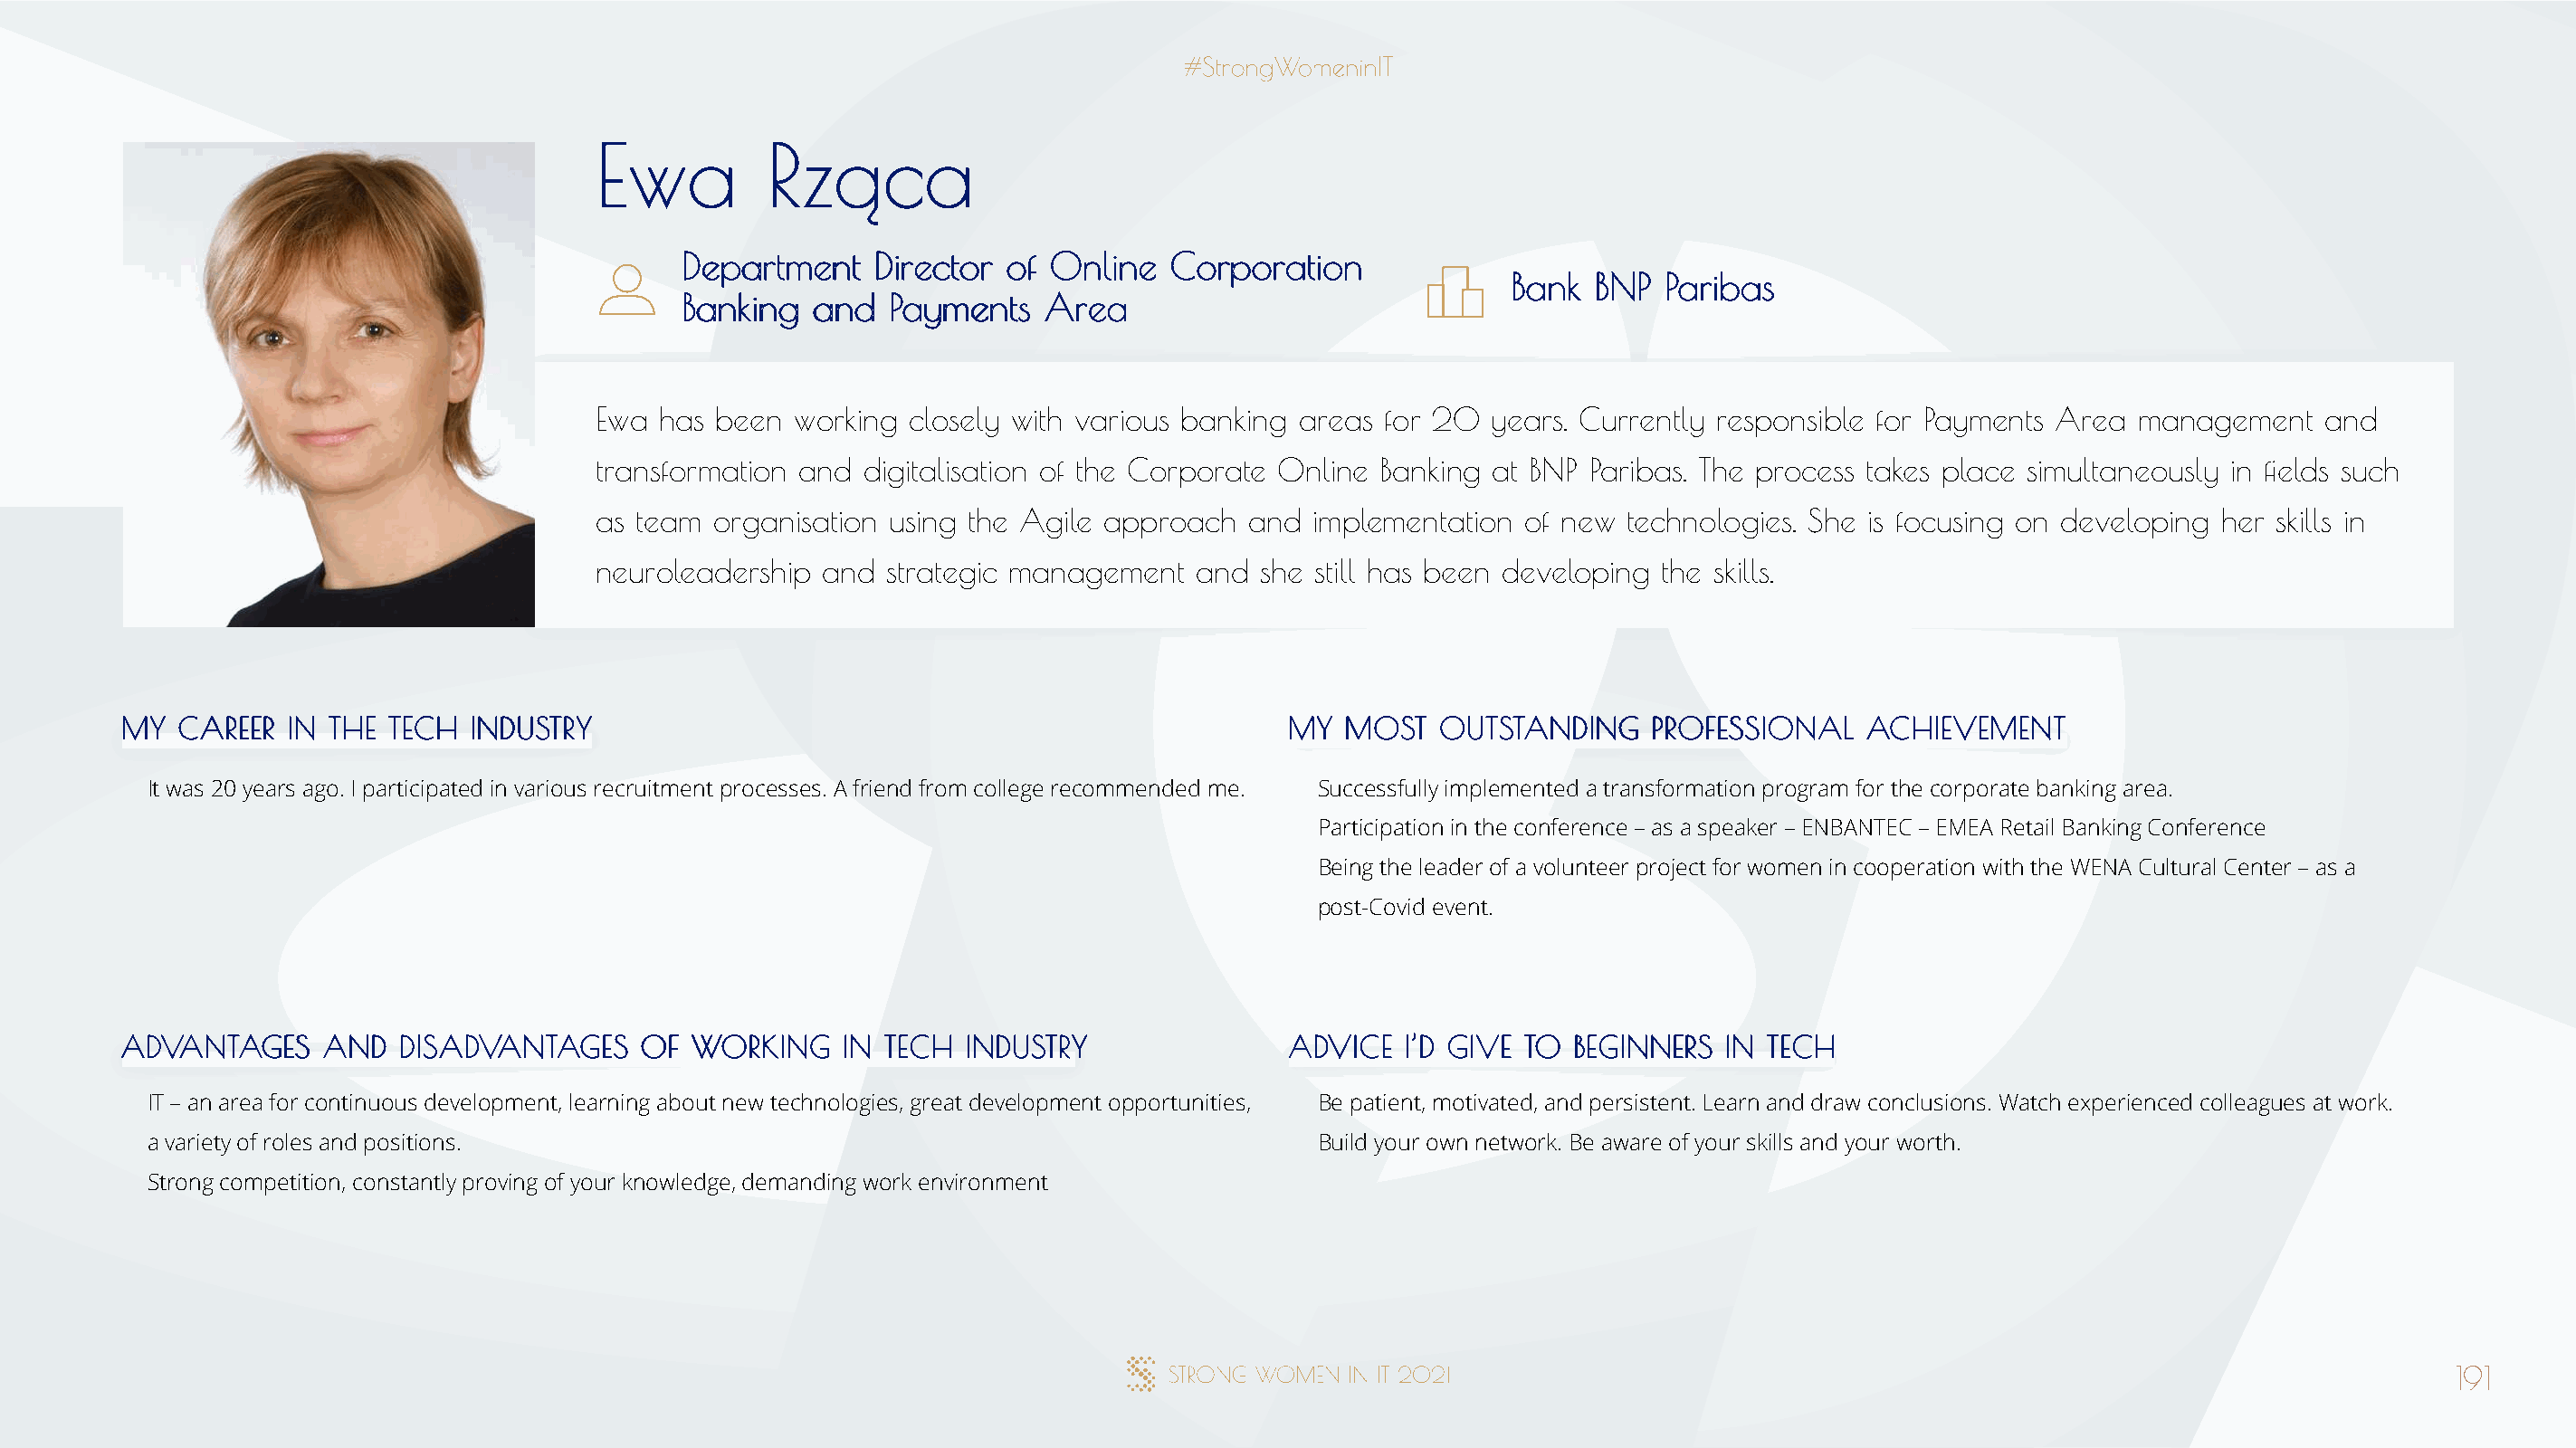
EEwwaa      RRzząąccaa
 DDeeppaarrttmmeenntt DDiirreeccttoorr ooff OOnnlliinnee CCoorrppoorraattiioonn
 BBaannkk BBNNPP PPaarriibbaass
 BBaannkkiinngg aanndd PPaayymmeennttss AArreeaa
 Ewa has been  working closely with various banking areas for 20  years. Currently responsible for Payments Area management    and
 transformation and digitalisation of the Corporate Online Banking at BNP Paribas. The process takes place simultaneously in fields such
 as team organisation using the Agile approach  and  implementation  of new technologies. She is focusing on developing her skills in
 neuroleadership and  strategic management  and  she still has been developing the skills.
 MMYY CCAARREEEERR IINN TTHHEE TTEECCHH IINNDDUUSSTTRRYY                              MMYY MMOOSSTT OOUUTTSSTTAANNDDIINNGG PPRROOFFEESSSSIIOONNAALL AACCHHIIEEVVEEMMEENNTT
 It was 20 years ago. I participated in various recruitment processes. A friend from college recommended me. Successfully implemented a transformation program for the corporate banking area.
 Participation in the conference – as a speaker – ENBANTEC – EMEA Retail Banking Conference
 Being the leader of a volunteer project for women in cooperation with the WENA Cultural Center – as a
 post-Covid event.
 AADDVVAANNTTAAGGEESS AANNDD DDIISSAADDVVAANNTTAAGGEESS OOFF WWOORRKKIINNGG IINN TTEECCHH IINNDDUUSSTTRRYY AADDVVIICCEE II’’DD GGIIVVEE TTOO BBEEGGIINNNNEERRSS IINN TTEECCHH
 IT – an area for continuous development, learning about new technologies, great development opportunities, Be patient, motivated, and persistent. Learn and draw conclusions. Watch experienced colleagues at work.
 a variety of roles and positions.                                                    Build your own network. Be aware of your skills and your worth.
 Strong competition, constantly proving of your knowledge, demanding work environment
 191